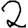
Digit: 2